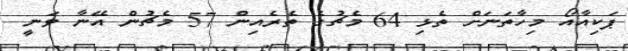
ޕަކިއާއޯ މިހާތަނަށް ތެޅި 64 މެޗުގެ ތެރެއިން 57 މެޗުން އޭނާ ވަނީ